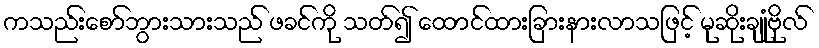
ကသည်းစော်ဘွားသားသည် ဖခင်ကို သတ်၍ ထောင်ထားခြားနားလာသဖြင့် မုဆိုးချုံဗိုလ်